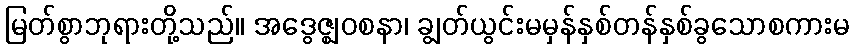
မြတ်စွာဘုရားတို့သည်။ အဒွေဇ္ဈဝစနာ၊ ချွတ်ယွင်းမမှန်နှစ်တန်နှစ်ခွသောစကားမ